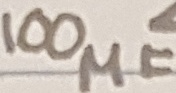
Text: 100µF